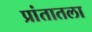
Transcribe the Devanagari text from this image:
प्रांतातला